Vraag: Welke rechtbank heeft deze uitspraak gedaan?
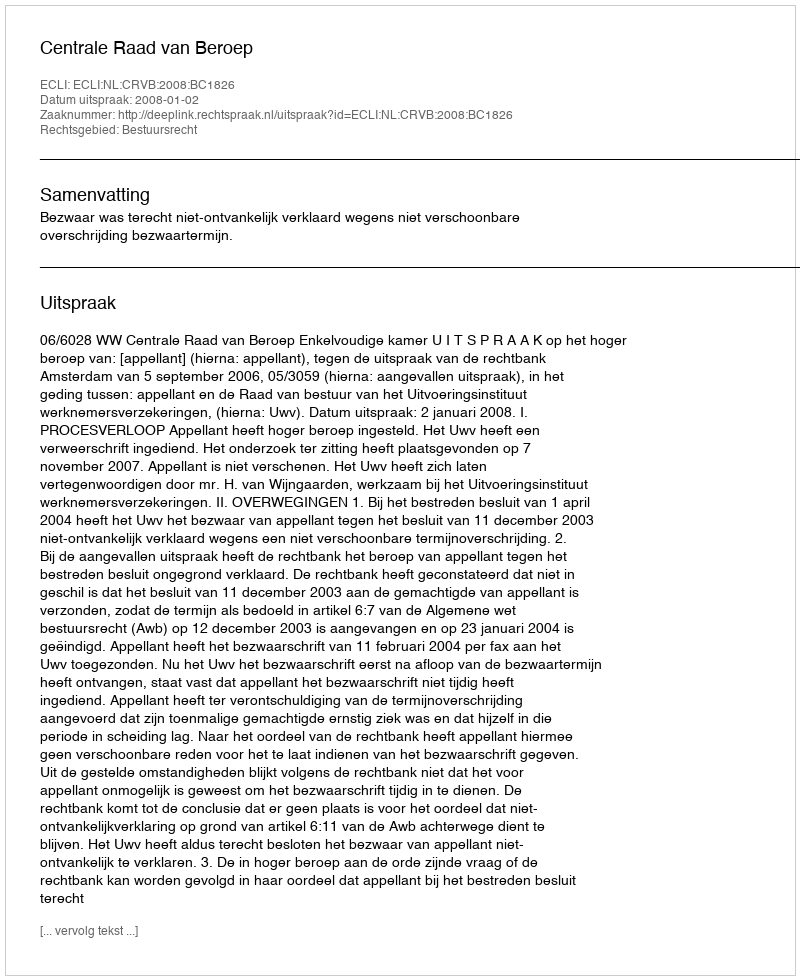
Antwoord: Centrale Raad van Beroep